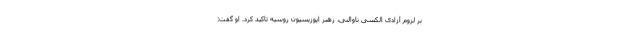
بر لزوم آزادی الکسی ناوالنی، رهبر اپوزیسیون روسیه تاکید کرد. او گفت: